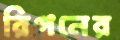
রিগনের